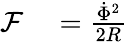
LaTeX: \begin{array}{rl}{\mathcal{F}}&{{}=\frac{\dot{\Phi}^{2}}{2R}}\end{array}